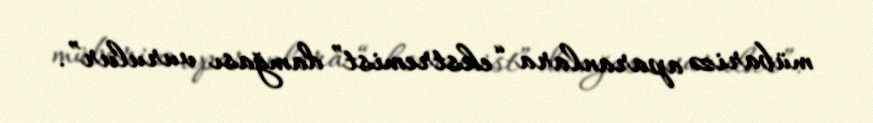
mübarizə aparanlara “ekstremist” damğası vurulur”.